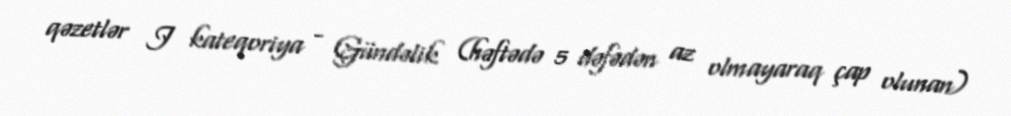
qəzetlər I kateqoriya - Gündəlik (həftədə 5 dəfədən az olmayaraq çap olunan)